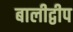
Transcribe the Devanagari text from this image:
बालीद्वीप